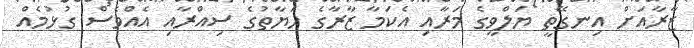
ޒާރާއަށް އިނގޭތީ ޔަލްވީގެ މަރާއި އެކަމާ ޒާރާގެ ހަޔާތުގެ ސިއްރާއި އެއްވެސް ގުޅުމެއް